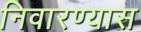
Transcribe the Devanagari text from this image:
निवारण्यास